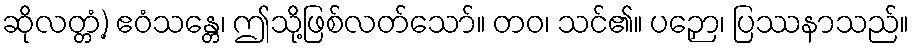
ဆိုလတ္တံ့) ဧဝံသန္တေ၊ ဤသို့ဖြစ်လတ်သော်။ တဝ၊ သင်၏။ ပဉှော၊ ပြဿနာသည်။